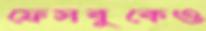
ফেসবুকেও